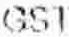
GST